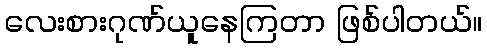
လေးစားဂုဏ်ယူနေကြတာ ဖြစ်ပါတယ်။